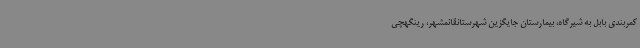
کمربندی بابل به شیرگاه، بیمارستان جایگزین شهرستانقائمشهر، رینگهچی